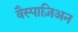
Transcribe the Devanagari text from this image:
वैस्पाज़िअन